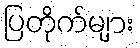
ပြတိုက်များ